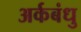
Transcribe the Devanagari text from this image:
अर्कबंधु